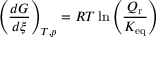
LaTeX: \left( { \frac { d G } { d \xi } } \right) _ { T , p } = R T \ln \left( { \frac { Q _ { \mathrm { r } } } { K _ { \mathrm { e q } } } } \right)